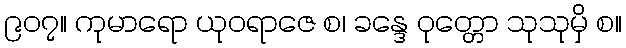
၉၀၇။ ကုမာရော ယုဝရာဇေ စ၊ ခန္ဒေ ဝုတ္တော သုသုမှိ စ။